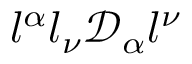
l ^ { \alpha } l _ { \nu } \mathcal { D } _ { \alpha } l ^ { \nu }